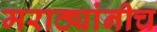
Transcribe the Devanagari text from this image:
मराठ्यांनीच